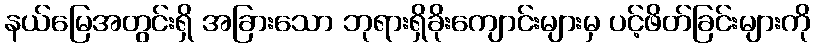
နယ်မြေအတွင်းရှိ အခြားသော ဘုရားရှိခိုးကျောင်းများမှ ပင့်ဖိတ်ခြင်းများကို